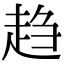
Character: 趋